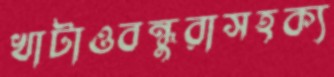
খাটাওবন্ধুরাসহক্য